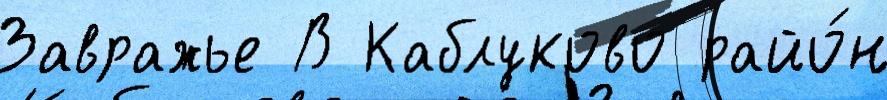
Завражье В Каблуково райо́н